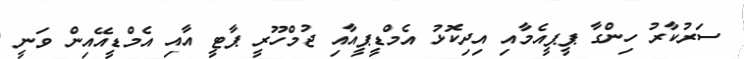
ސަރުކާރު ހިންގާ ޕީޕީއެމާއި އިދިކޮޅު އެމްޑީޕީއާއި ޖުމްހޫރީ ޕާޓީ އާއި އެމްޑީއޭއިން ވަނީ